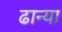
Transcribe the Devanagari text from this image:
ढान्या